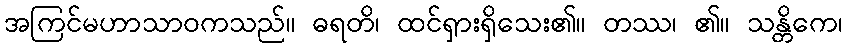
အကြင်မဟာသာဝကသည်။ ဓရတိ၊ ထင်ရှားရှိသေး၏။ တဿ၊ ၏။ သန္တိကေ၊